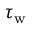
\tau _ { \mathrm { w } }